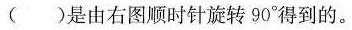
( ) 是由右图顺时针旋转 90° 得到的。